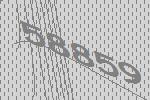
58859